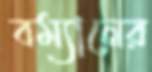
বম্যানের